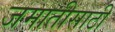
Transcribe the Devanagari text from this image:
जमातीसाठी